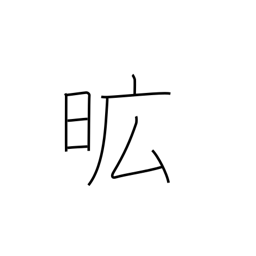
Meaning: extensive